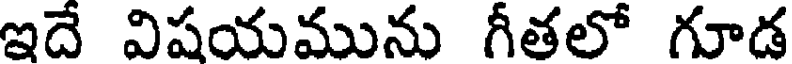
ఇదే విషయమును గీతలో గూడ